Indian journal of veterinary science and animal husbandry - Volumes 24-25, 1954-1955
Year: 1954
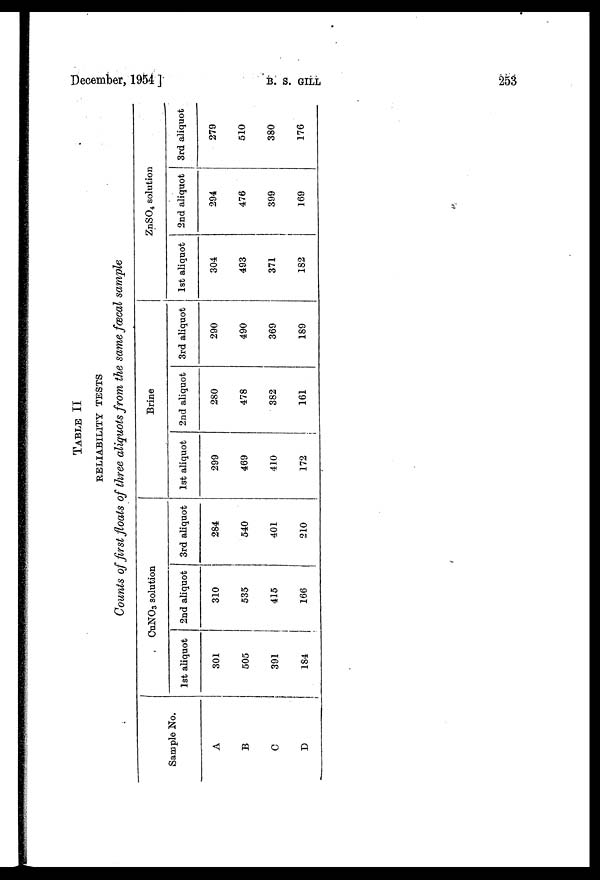
December, 1954 ]
B.
S.
GILL
253
TABLE II
RELIABILITY TESTS
Counts of first floats of three aliquots from the same fæcal sample
Sample No.
A
B
C
D
CuNO 3 solution
1st aliquot
301
505
391
184
2nd aliquot
310
535
415
166
3rd aliquot
284
540
401
210
Brine
1st aliquot
299
469
410
172
2nd aliquot
280
478
382
161
3rd aliquot
290
490
369
189
ZnSO 4 solution
1st aliquot
304
493
371
182
2nd aliquot
294
476
399
169
3rd aliquot
279
510
380
176